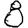
Digit: 8